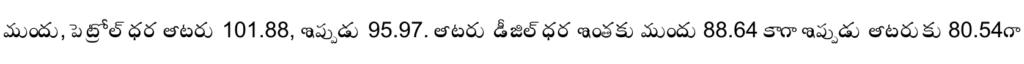
ముందు, పెట్రోల్ ధర లీటరు 101.88, ఇప్పుడు 95.97. లీటరు డీజిల్ ధర ఇంతకు ముందు 88.64 కాగా ఇప్పుడు లీటరుకు 80.54గా